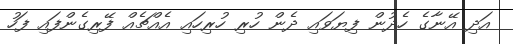
އަދި އޭނާގެ ހެދުން ފިޔަވައި ދެން ހުރި ހުރިހައި އެއްޗެއް ފޭރިގެންފައި ފަހު